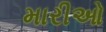
મારીઓ